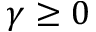
\gamma \geq 0